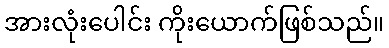
အားလုံးပေါင်း ကိုးယောက်ဖြစ်သည်။